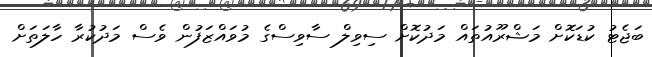
ބަޖެޓު ކުޑަކޮށް މަޝްރޫއުތައް މަދުކޮށް ސިވިލް ސާވިސްގެ މުވައްޒަފުން ވެސް މަދުކުރާ ހާލަތަށް